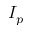
I _ { p }